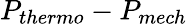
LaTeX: P_{thermo}-P_{mech}